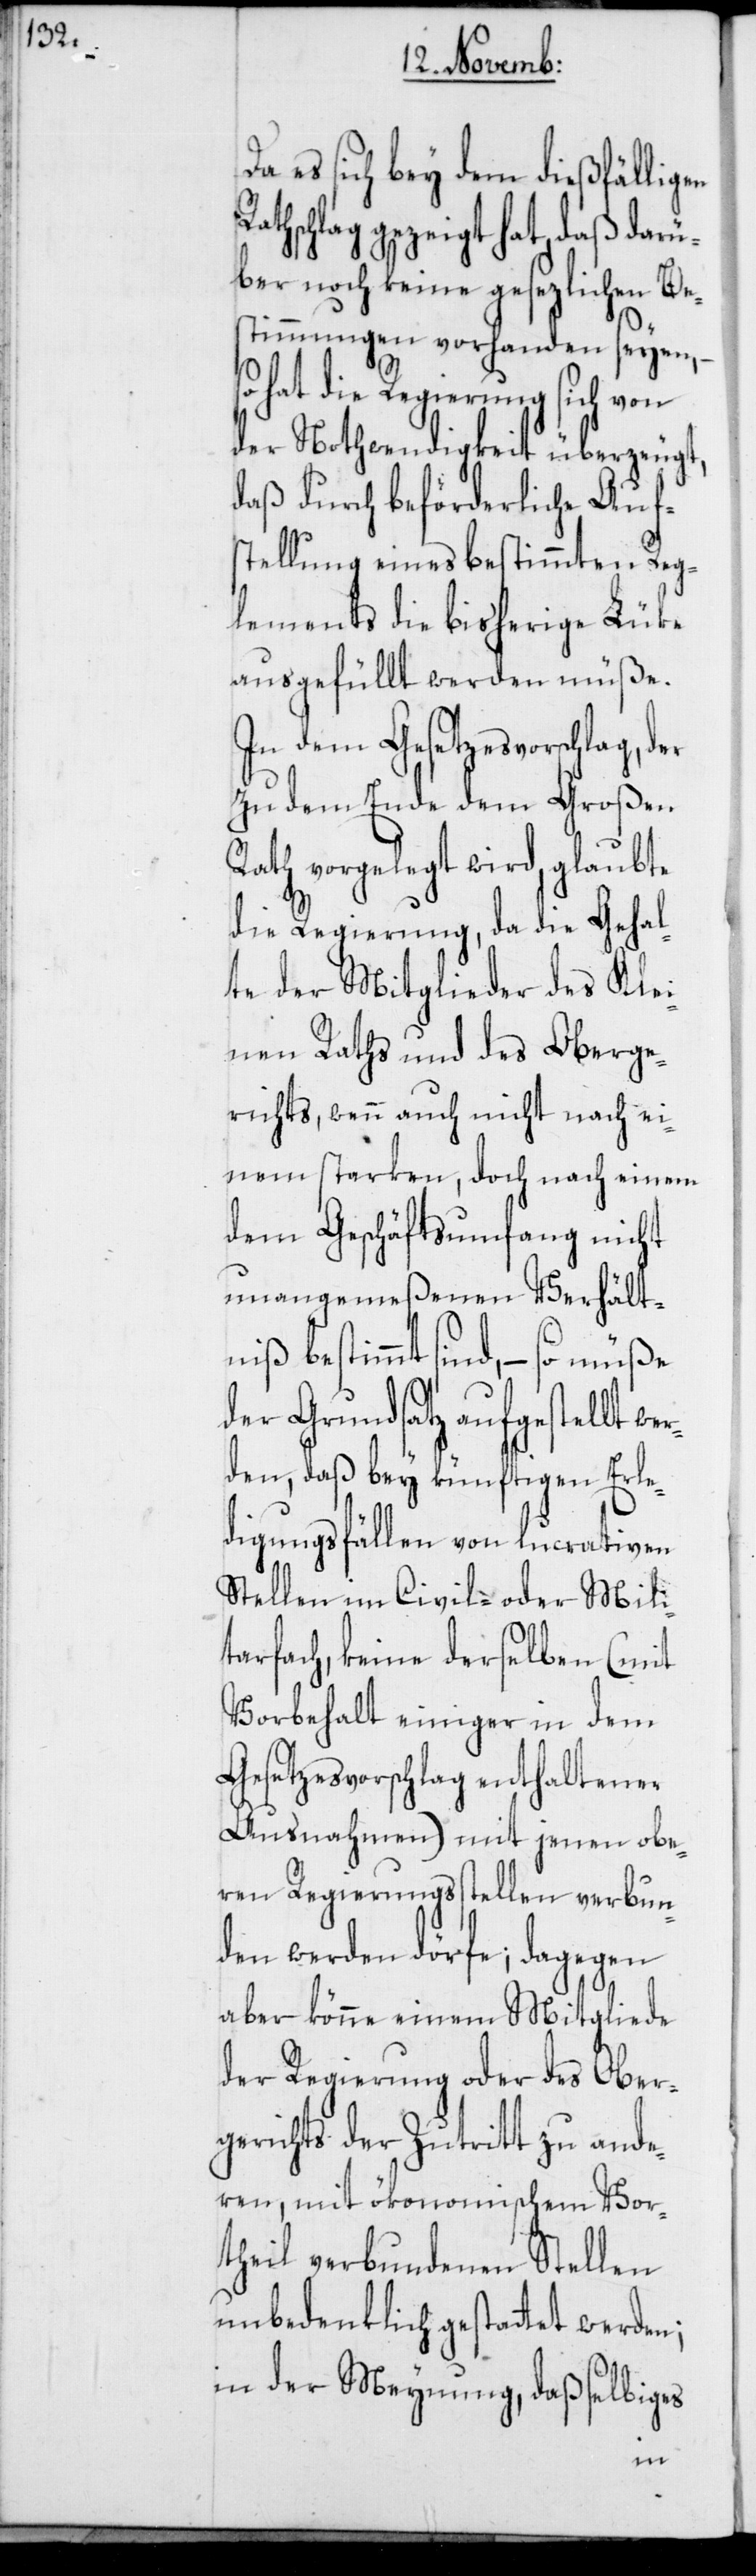
Da es sich bey dem dießfälligen
athschlag gezeigt hat, daß darü¬
ber noch keine gesezlichen Be¬
stimmungen vorhanden seyen,
so hat die Regierung sich von
der Nothwendigkeit überzeugt,
daß durch beförderliche Auf¬
stellung eines bestimmten Reg¬
lements die bisherige Lüke
ausgefüllt werden müße.
In dem Gesetzesvorschlag, der
zu dem Ende dem großen
Rath vorgelegt wird, glaubte
die Regierung, da die Gehal¬
te der Mitglieder des Klei¬
nen Raths und des Oberge¬
richts, wenn auch nicht nach ei¬
nem starken, doch nach einem
dem Geschäftsumfang nicht
unangemeßenen Verhält¬
niß bestimmt sind, – so müße
der Grundsatz aufgestellt w¬
erden, daß bey künftigen Erle¬
digungsfällen von lucrativen
Stellen im Civil- oder Mili¬
tarfach, keine derselben (mit
Vorbehalt einiger in dem
Gesetzesvorschlag enthaltener
Ausnahmen) mit jenen obe¬
ren Regierungsstellen verbun¬
den werden dörfe; dagegen
aber könne einem Mitgliede
der Regierung oder des Ober¬
gerichts der Zutritt zu ande¬
ren, mit ökonomischem Vor¬
theil verbundenen Stellen
unbedenklich gestattet werden;
in der Meynung, daß selbiges
R¬